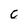
Character: c